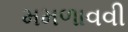
મમળાવવી